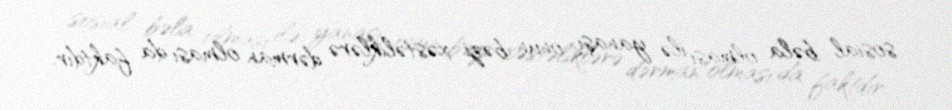
sosial bəla olması ilə yanaşı, onun bəzi xəstəliklərə dərman olması da faktdır.